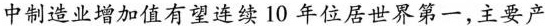
中制造业增加值有望连续10年位居世界第一，主要产